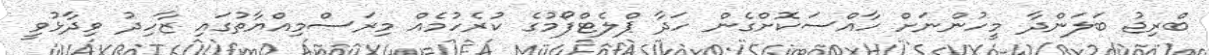
ބްރިޖު ބަލަންދާ މީހުންނަށް ހާއްސަކޮށްގެން ހަދާ ޕްލެޓްފޯމުގެ ކުރެހުމެއް މިރަސްމިއްޔާތުގައި ޒާހިދު ވިދާޅުވީ